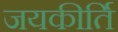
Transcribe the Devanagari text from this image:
जयकीर्ति